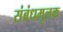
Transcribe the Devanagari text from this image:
संबंधमूलक